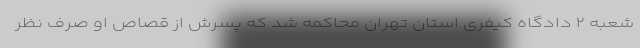
شعبه ۲ دادگاه کیفری استان تهران محاکمه شد که پسرش از قصاص او صرف نظر